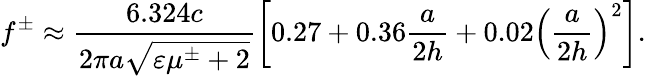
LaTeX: f^{\pm}\approx\frac{6.324c}{2\pi a\sqrt{\varepsilon\mu^{\pm}+2}}\biggl[0.27+0.36\frac{a}{2h}+0.02\left(\frac{a}{2h}\right)^{2}\biggr].